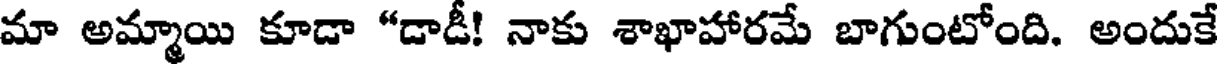
మా అమ్మాయి కూడా "డాడీ! నాకు శాఖాహారమే బాగుంటోంది. అందుకే